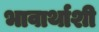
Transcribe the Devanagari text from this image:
भावार्थाशी